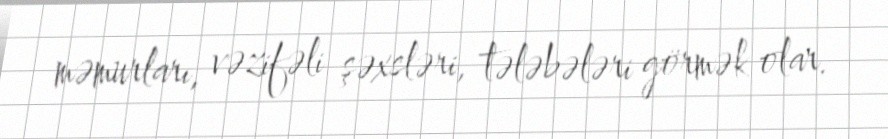
məmurları, vəzifəli şəxsləri, tələbələri görmək olar.